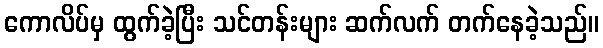
ကောလိပ်မှ ထွက်ခဲ့ပြီး သင်တန်းများ ဆက်လက် တက်နေခဲ့သည်။